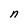
Character: n